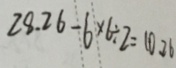
2 8 . 2 6 - 6 \times 6 \div 2 = 1 0 . 2 6